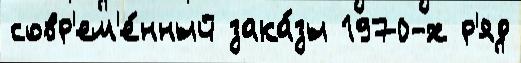
совр'ем'е́нный зака́зы 1970-х р'яд